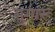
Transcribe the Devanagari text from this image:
सुगारू